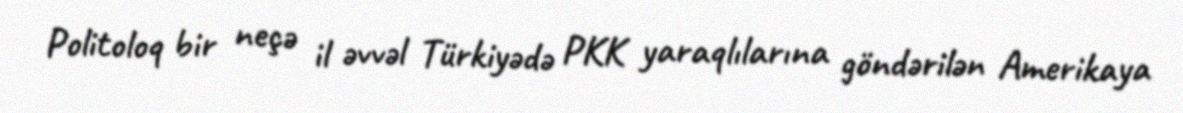
Politoloq bir neçə il əvvəl Türkiyədə PKK yaraqlılarına göndərilən Amerikaya